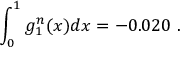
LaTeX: \int _ { 0 } ^ { 1 } g _ { 1 } ^ { n } ( x ) d x = - 0 . 0 2 0 \ .